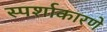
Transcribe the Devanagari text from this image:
स्पर्शाकारणे